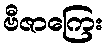
ဗီဇာကြေး